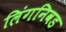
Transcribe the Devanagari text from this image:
लिंगनिवड